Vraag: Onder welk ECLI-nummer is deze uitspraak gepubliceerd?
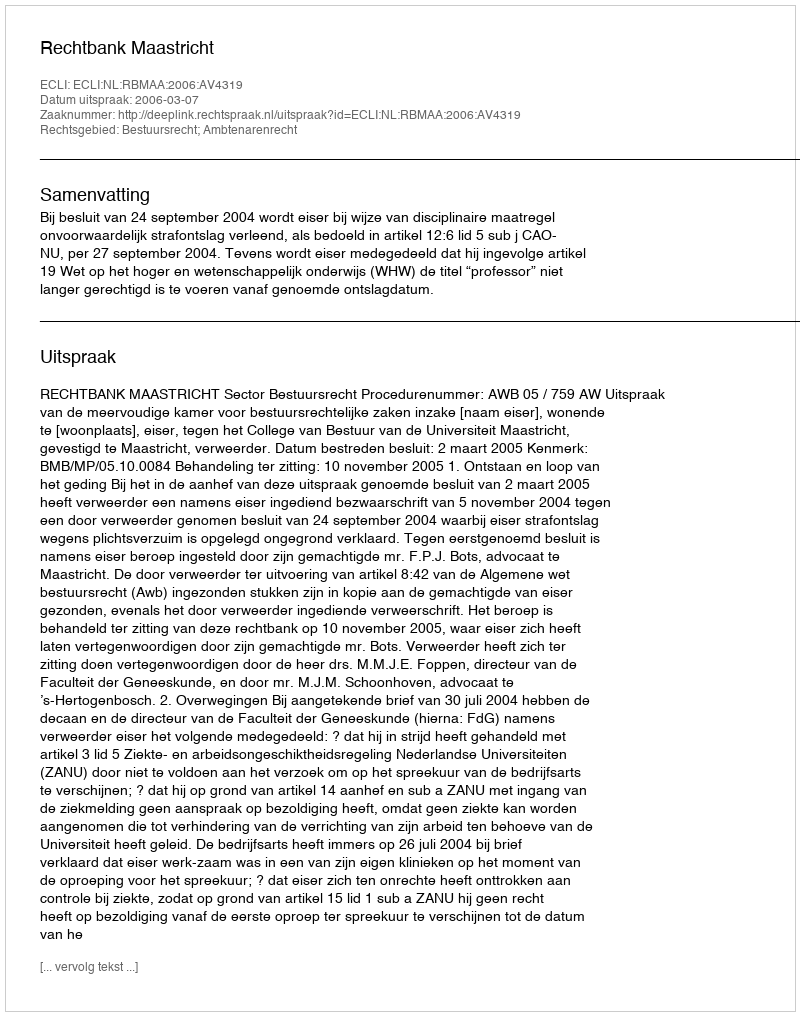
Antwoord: ECLI:NL:RBMAA:2006:AV4319